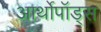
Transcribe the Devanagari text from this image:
आर्थोपॉड्स